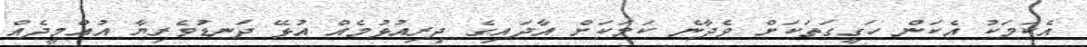
އެކަމަކު އެކަން ހަގީގަތަކަށް ވެދާނެ ކަމަކަށް އާދައިގެ ދިރިއުޅުމެއް އުޅޭ ދަނޑުވެރިޔާ އުއްމީދެއް